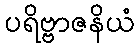
ပရိဗ္ဗာဇနိယံ